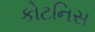
કોટનિસ